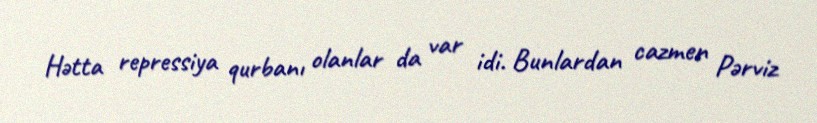
Hətta repressiya qurbanı olanlar da var idi. Bunlardan cazmen Pərviz